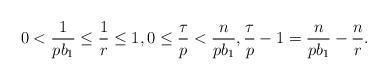
LaTeX: \begin{align*}0<\frac1{pb_1}\leq \frac1r\leq 1, 0\leq \frac{\tau}{p}<\frac{n}{pb_1}, \frac{\tau}{p}-1=\frac{n}{pb_1}-\frac{n}{r}.\end{align*}